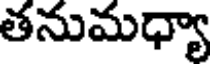
తనుమధ్యా